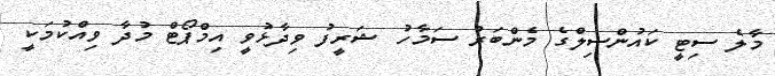
މާލެ ސިޓީ ކައުންސިލްގެ މެންބަރު ސަމާހު ޝަރީފު ވިދާޅުވީ އިމްޕޯޓް މުދާ ވިއްކުމަކީ